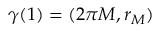
\gamma ( 1 ) = ( 2 \pi M , r _ { M } )